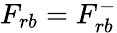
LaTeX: F_{rb}=F_{rb}^{-}